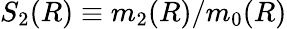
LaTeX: S_{2}(R)\equiv m_{2}(R)/m_{0}(R)